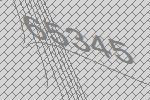
65345